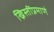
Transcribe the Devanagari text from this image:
ख्रिस्तींप्रमाणे